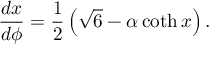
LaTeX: { \frac { d x } { d \phi } = \frac { 1 } { 2 } \left( \sqrt { 6 } - \alpha \coth x \right) . }